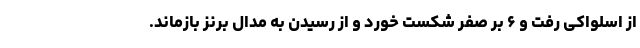
از اسلواکی رفت و ۶ بر صفر شکست خورد و از رسیدن به مدال برنز بازماند.